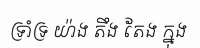
ទ្រាំទ្រ យ៉ាង តឹង តែង ក្នុង